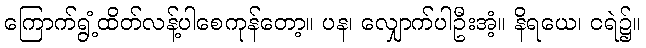
ကြောက်ရွံ့ထိတ်လန့်ပါစေကုန်တော့။ ပန၊ လျှောက်ပါဦးအံ့။ နိရယေ၊ ငရဲ၌။